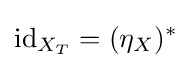
\mathrm {id} _{X_{T}}=(\eta _{X})^{*}